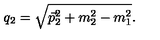
q _ { 2 } = \sqrt { \vec { p } _ { 2 } ^ { 2 } + m _ { 2 } ^ { 2 } - m _ { 1 } ^ { 2 } } .